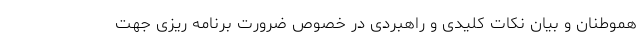
هموطنان و بیان نکات کلیدی و راهبردی در خصوص ضرورت برنامه ریزی جهت